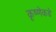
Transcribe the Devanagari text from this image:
कृष्णेकडे